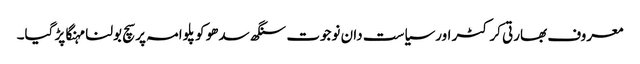
معروف بھارتی کرکٹر اورسیاست دان نوجوت سنگھ سدھو کو پلوامہ پر سچ بولنا مہنگا پڑ گیا۔